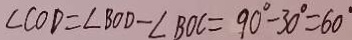
\angle C O D = \angle B O D - \angle B O C = 9 0 ^ { \circ } - 3 0 ^ { \circ } = 6 0 ^ { \circ }